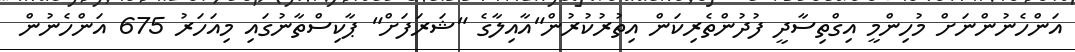
އަންހެނުންނަށް މުހިންމީ އިގްތިސާދީ ފުދުންތެރިކަން އިތުރުކުރުން"އާއިލާގެ "ޝަރަފަށް" ޕާކިސްތާނުގައި މިއަހަރު 675 އަންހެނުން